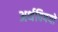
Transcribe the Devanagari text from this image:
अर्थविषयों